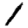
Digit: 1